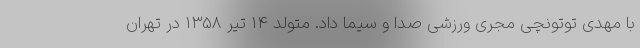
با مهدی توتونچی مجری ورزشی صدا و سیما داد. متولد 14 تیر 1358 در تهران